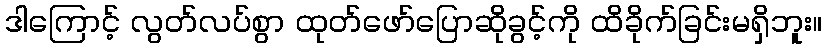
ဒါကြောင့် လွတ်လပ်စွာ ထုတ်ဖော်ပြောဆိုခွင့်ကို ထိခိုက်ခြင်းမရှိဘူး။